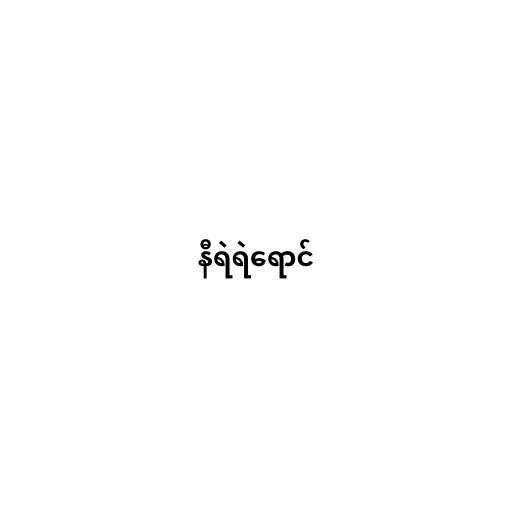
နီရဲရဲရောင်